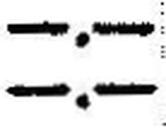
—.—